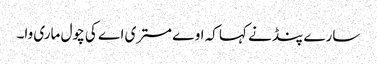
سارے پنڈ نے کہا کہ اوے مستری اے کی چول ماری وا۔